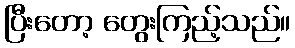
ပြီးတော့ တွေးကြည့်သည်။